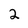
Character: 2